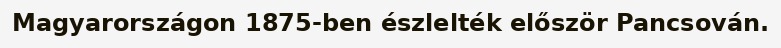
Magyarországon 1875-ben észlelték először Pancsován.